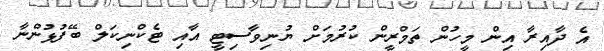
އެ ދާއިރާ އިން މީހުން ތަމްރީން ކުރުމަށް ޔުނިވާސިޓީ އާއި ޓެކްނިކަލް ބޭފުޅުންނާ